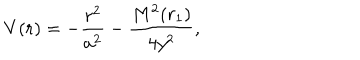
V ( r ) = - \frac { r ^ { 2 } } { a ^ { 2 } } - \frac { M ^ { 2 } ( r _ { 1 } ) } { 4 y ^ { 2 } } ,